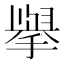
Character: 𭢅